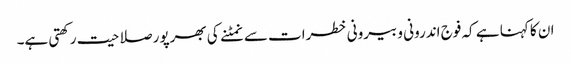
ان کا کہنا ہے کہ فوج اندرونی و بیرونی خطرات سے نمٹنے کی بھرپور صلاحیت رکھتی ہے۔